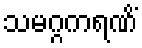
သမဂ္ဂကရဏိံ